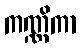
ကဏ္ဏိကာ